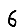
Digit: 6